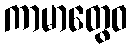
ကာမာတွေဝ